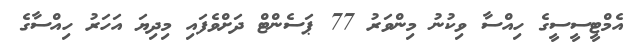
އެމްޓީސީސީގެ ހިއްސާ ވިކުނު މިންވަރު 77 ޕަސެންޓް ދަށްވެފައި މިދިޔަ އަހަރު ހިއްސާގެ